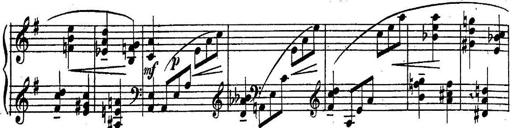
Title: Sonatine
Composer: Adrian Shaposhnikov
Key: E minor